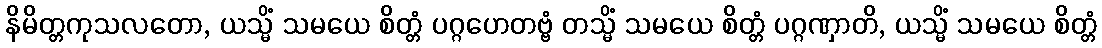
နိမိတ္တကုသလတော, ယသ္မိံ သမယေ စိတ္တံ ပဂ္ဂဟေတဗ္ဗံ တသ္မိံ သမယေ စိတ္တံ ပဂ္ဂဏှာတိ, ယသ္မိံ သမယေ စိတ္တံ